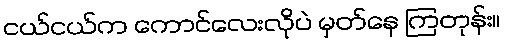
ငယ်ငယ်က ကောင်လေးလိုပဲ မှတ်နေ ကြတုန်း။